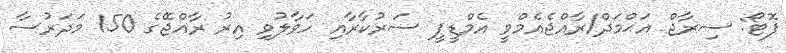
ފޮޓޯ: ސިރާޖް އަޙްމަދް/ރާއްޖެއެމްވީ އެމްޑީޕީ ސަރުކާރާއި ހަވާލުވި އިރު ރާއްޖޭގެ 150 މަދަރުސާ